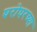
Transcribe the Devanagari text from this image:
घरोघरच्या